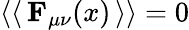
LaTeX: \left\langle\left<\, \mathbf{F}_{\mu\nu}(x)\, \right>\right\rangle=0